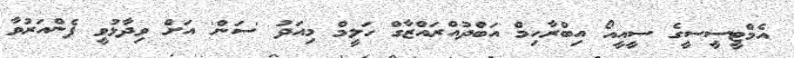
އެމްޓީސީސީގެ ސީއީއޯ އިބްރާހިމް އަބްދުއްރައްޒާގް ހަލީމް މިއަދު 'ސަން' އަށް ވިދާޅުވީ ފެންއަރުވާ